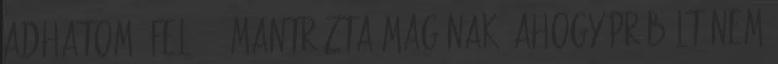
adhatom .fel . – mantrázta magának, ahogy próbált nem